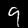
Digit: 9